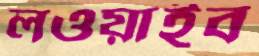
লওয়াইব